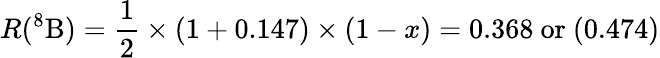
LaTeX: R(^{8}\mathrm{B})={\frac{1}{2}}\times(1+0.147)\times(1-x)=0.368\ \mathrm{or}\ (0.474)